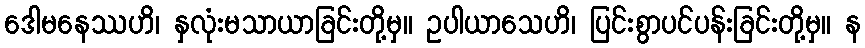
ဒေါမနေဿဟိ၊ နှလုံးမသာယာခြင်းတို့မှ။ ဥပါယာသေဟိ၊ ပြင်းစွာပင်ပန်းခြင်းတို့မှ။ န